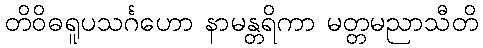
တိဝိဓရူပသင်္ဂဟော နာမန္တရိကာ မတ္တမညာသီတိ